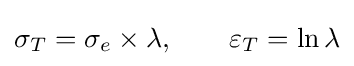
\sigma _{T}=\sigma _{e}\times \lambda ,\qquad \varepsilon _{T}=\ln \lambda